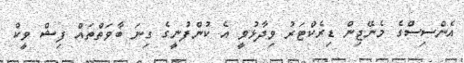
އެންސިސްގެ މެނޭޖިން ޑިރެކްޓަރު ވިދާޅުވީ އެ ކުންފުނީގެ ގިނަ ބާވަތްތައް ފިޝް ވީކް